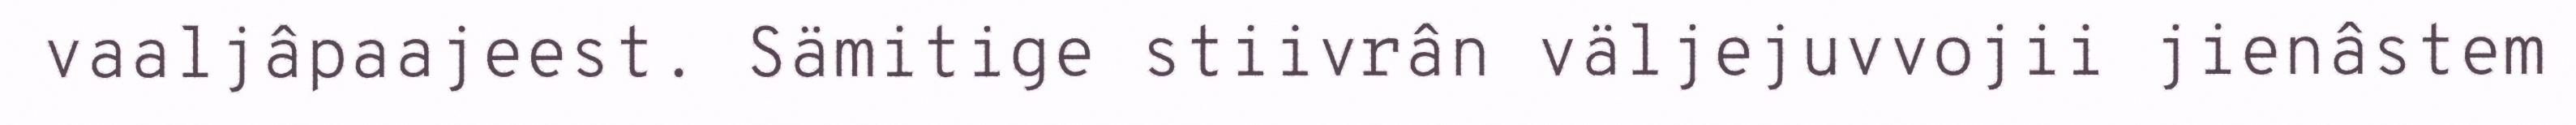
vaaljâpaajeest. Sämitige stiivrân väljejuvvojii jienâstem